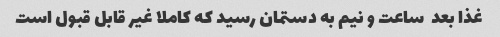
غذا بعد  ساعت و نیم به دستمان رسید که کاملا غیر قابل قبول است